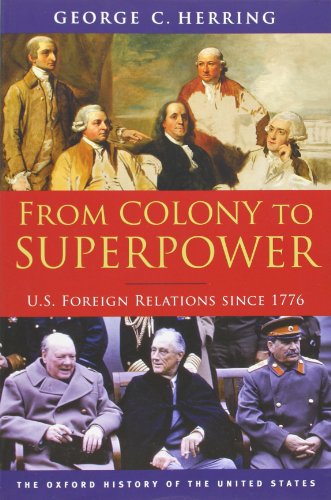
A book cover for From Colony to Superpower: U.S. Foreign Relations since 1776 (Oxford History of the United States); George C. Herring; History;